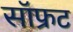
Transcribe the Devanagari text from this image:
सॉफ्रट